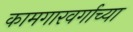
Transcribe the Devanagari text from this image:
कामगारवर्गाच्या